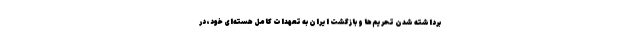
برداشته شدن تحریم‌ها و بازگشت ایران به تعهدات کامل هسته‌ای خود، در